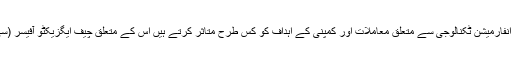
چیف انفارمیشن آفیسر کمپیوٹر سسٹم اور انفارمیشن ٹکنالوجی سے متعلق معاملات اور کمپنی کے اہداف کو کس طرح متاثر کرتے ہیں اس کے متعلق چیف ایگزیکٹو آفیسر (سی ای او) کو براہ راست اطلاع دیتے ہیں۔